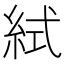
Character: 𥿮